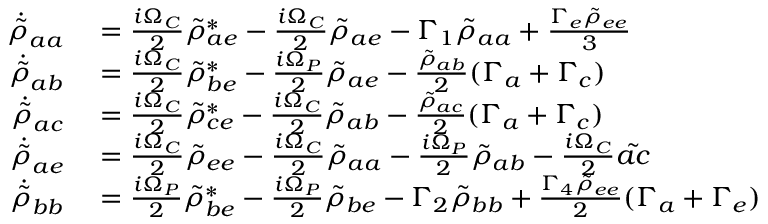
\begin{array} { r l } { \Dot { \Tilde { \rho } } _ { a a } } & { { } = \frac { i \Omega _ { C } } { 2 } \Tilde { \rho } _ { a e } ^ { * } - \frac { i \Omega _ { C } } { 2 } \Tilde { \rho } _ { a e } - \Gamma _ { 1 } \Tilde { \rho } _ { a a } + \frac { \Gamma _ { e } \Tilde { \rho } _ { e e } } { 3 } } \\ { \Dot { \Tilde { \rho } } _ { a b } } & { { } = \frac { i \Omega _ { C } } { 2 } \Tilde { \rho } _ { b e } ^ { * } - \frac { i \Omega _ { P } } { 2 } \Tilde { \rho } _ { a e } - \frac { \Tilde { \rho } _ { a b } } { 2 } ( \Gamma _ { a } + \Gamma _ { c } ) } \\ { \dot { \Tilde { \rho } } _ { a c } } & { { } = \frac { i \Omega _ { C } } { 2 } \Tilde { \rho } _ { c e } ^ { * } - \frac { i \Omega _ { C } } { 2 } \Tilde { \rho } _ { a b } - \frac { \Tilde { \rho } _ { a c } } { 2 } ( \Gamma _ { a } + \Gamma _ { c } ) } \\ { \Dot { \Tilde { \rho } } _ { a e } } & { { } = \frac { i \Omega _ { C } } { 2 } \Tilde { \rho } _ { e e } - \frac { i \Omega _ { C } } { 2 } \Tilde { \rho } _ { a a } - \frac { i \Omega _ { P } } { 2 } \Tilde { \rho } _ { a b } - \frac { i \Omega _ { C } } { 2 } \Tilde { a c } } \\ { \dot { \Tilde { \rho } } _ { b b } } & { { } = \frac { i \Omega _ { P } } { 2 } \Tilde { \rho } _ { b e } ^ { * } - \frac { i \Omega _ { P } } { 2 } \Tilde { \rho } _ { b e } - \Gamma _ { 2 } \Tilde { \rho } _ { b b } + \frac { \Gamma _ { 4 } \Tilde { \rho } _ { e e } } { 2 } ( \Gamma _ { a } + \Gamma _ { e } ) } \end{array}